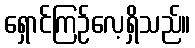
ရှောင်ကြဉ်လေ့ရှိသည်။